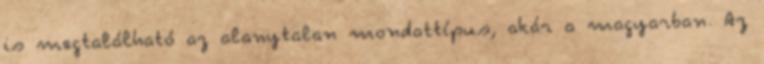
is megtalálható az alanytalan mondattípus, akár a magyarban. Az